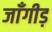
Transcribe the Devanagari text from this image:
जाँगीड़